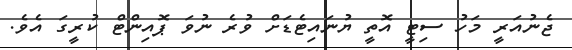
ޖެނުއަރީ މަހު ސިޓީ އޮތީ ޔުނައިޓެޑަށް ވުރެ ނުވަ ޕޮއިންޓް ކުރީގަ އެވެ.